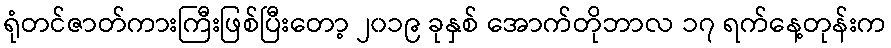
ရုံတင်ဇာတ်ကားကြီးဖြစ်ပြီးတော့ ၂၀၁၉ ခုနှစ် အောက်တိုဘာလ ၁၇ ရက်နေ့တုန်းက